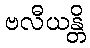
ဗလီယန္တိ